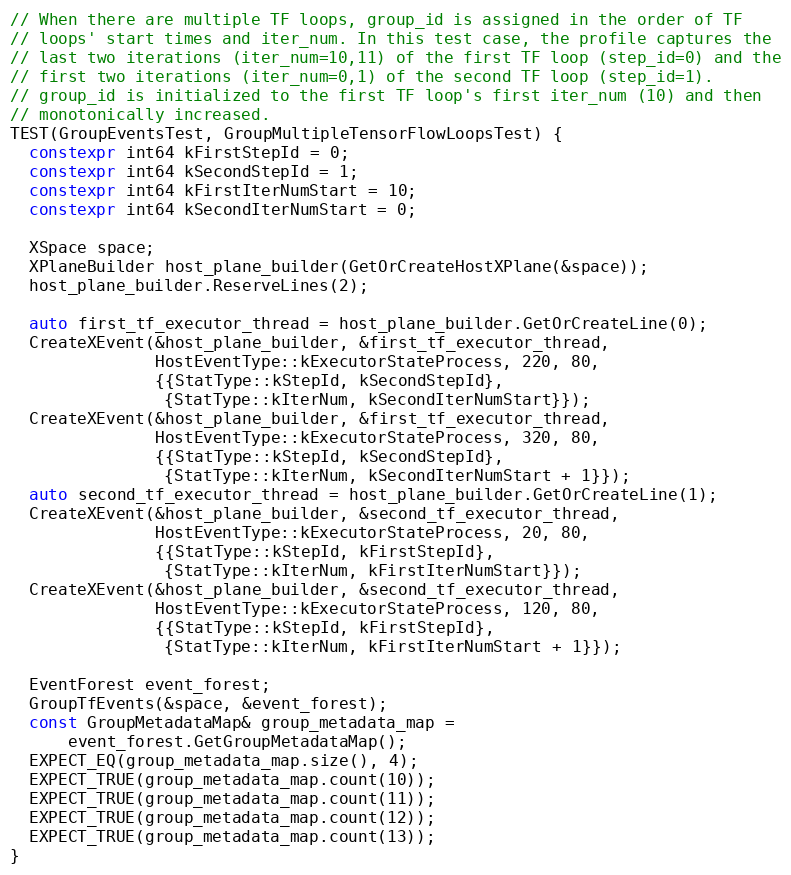
Language: C++
// When there are multiple TF loops, group_id is assigned in the order of TF
// loops' start times and iter_num. In this test case, the profile captures the
// last two iterations (iter_num=10,11) of the first TF loop (step_id=0) and the
// first two iterations (iter_num=0,1) of the second TF loop (step_id=1).
// group_id is initialized to the first TF loop's first iter_num (10) and then
// monotonically increased.
TEST(GroupEventsTest, GroupMultipleTensorFlowLoopsTest) {
  constexpr int64 kFirstStepId = 0;
  constexpr int64 kSecondStepId = 1;
  constexpr int64 kFirstIterNumStart = 10;
  constexpr int64 kSecondIterNumStart = 0;

  XSpace space;
  XPlaneBuilder host_plane_builder(GetOrCreateHostXPlane(&space));
  host_plane_builder.ReserveLines(2);

  auto first_tf_executor_thread = host_plane_builder.GetOrCreateLine(0);
  CreateXEvent(&host_plane_builder, &first_tf_executor_thread,
               HostEventType::kExecutorStateProcess, 220, 80,
               {{StatType::kStepId, kSecondStepId},
                {StatType::kIterNum, kSecondIterNumStart}});
  CreateXEvent(&host_plane_builder, &first_tf_executor_thread,
               HostEventType::kExecutorStateProcess, 320, 80,
               {{StatType::kStepId, kSecondStepId},
                {StatType::kIterNum, kSecondIterNumStart + 1}});
  auto second_tf_executor_thread = host_plane_builder.GetOrCreateLine(1);
  CreateXEvent(&host_plane_builder, &second_tf_executor_thread,
               HostEventType::kExecutorStateProcess, 20, 80,
               {{StatType::kStepId, kFirstStepId},
                {StatType::kIterNum, kFirstIterNumStart}});
  CreateXEvent(&host_plane_builder, &second_tf_executor_thread,
               HostEventType::kExecutorStateProcess, 120, 80,
               {{StatType::kStepId, kFirstStepId},
                {StatType::kIterNum, kFirstIterNumStart + 1}});

  EventForest event_forest;
  GroupTfEvents(&space, &event_forest);
  const GroupMetadataMap& group_metadata_map =
      event_forest.GetGroupMetadataMap();
  EXPECT_EQ(group_metadata_map.size(), 4);
  EXPECT_TRUE(group_metadata_map.count(10));
  EXPECT_TRUE(group_metadata_map.count(11));
  EXPECT_TRUE(group_metadata_map.count(12));
  EXPECT_TRUE(group_metadata_map.count(13));
}